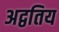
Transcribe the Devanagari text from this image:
अद्वतिय